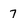
Character: 7